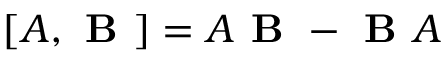
[ \boldsymbol { A } , \boldsymbol { \textbf { B } } ] = \boldsymbol { A } \boldsymbol { \textbf { B } } - \boldsymbol { \textbf { B } } \boldsymbol { A }